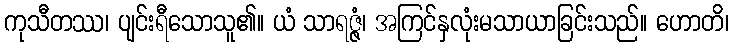
ကုသီတဿ၊ ပျင်းရီသောသူ၏။ ယံ သာရဇ္ဇံ၊ အကြင်နှလုံးမသာယာခြင်းသည်။ ဟောတိ၊